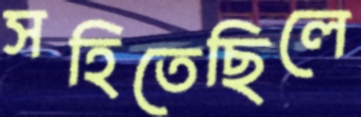
সহিতেছিলে